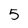
Character: 5